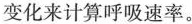
变化来计算呼吸速率。